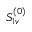
S _ { 1 v } ^ { ( 0 ) }